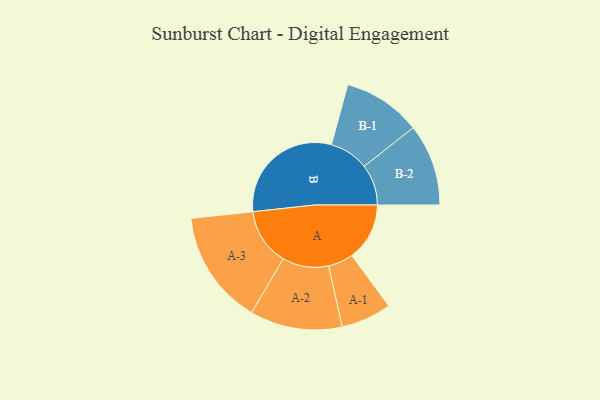
{"axis": {"x": "Segment", "y": "Value"}, "legend": ["", "A", "B"], "data": [{"x": "A", "y": 231, "type": ""}, {"x": "B", "y": 478, "type": ""}, {"x": "A-1", "y": 101, "type": "A"}, {"x": "A-2", "y": 185, "type": "A"}, {"x": "A-3", "y": 229, "type": "A"}, {"x": "B-1", "y": 157, "type": "B"}, {"x": "B-2", "y": 164, "type": "B"}]}